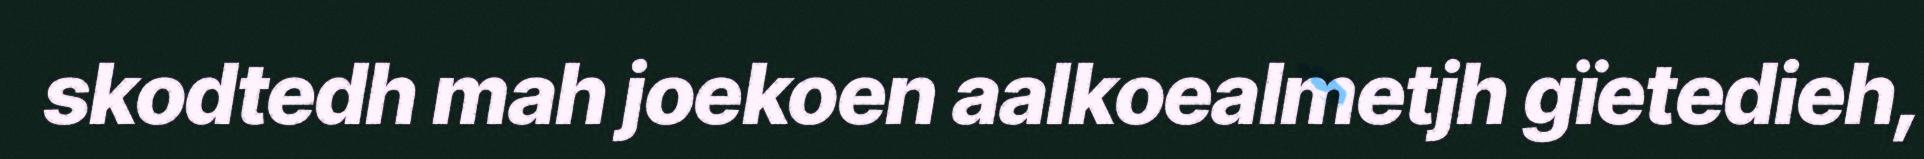
skodtedh mah joekoen aalkoealmetjh gïetedieh,